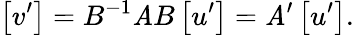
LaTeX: \left[v^{\prime}\right]=B^{-1}\mathit{A}B\left[u^{\prime}\right]=\mathit{A}^{\prime}\left[u^{\prime}\right].